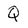
Character: Q